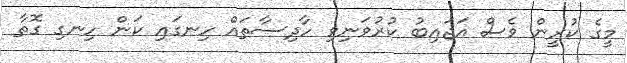
މީގެ ކުރީން ވެސް އަޖައިބު ކުރުވަނިވި ހާދިސާތައް ހިނގައި ކަން ހިނގި ގޮތާ